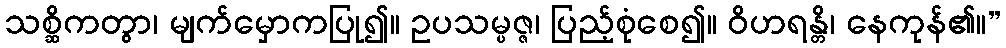
သစ္ဆိကတွာ၊ မျက်မှောကပြု၍။ ဥပသမ္ပဇ္ဇ၊ ပြည့်စုံစေ၍။ ဝိဟရန္တိ၊ နေကုန်၏။”